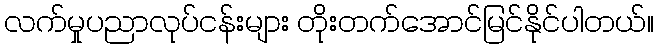
လက်မှုပညာလုပ်ငန်းများ တိုးတက်အောင်မြင်နိုင်ပါတယ်။